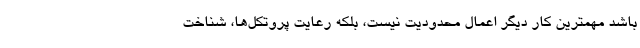
باشد مهمترین کار دیگر اعمال محدودیت نیست، بلکه رعایت پروتکل‌ها، شناخت